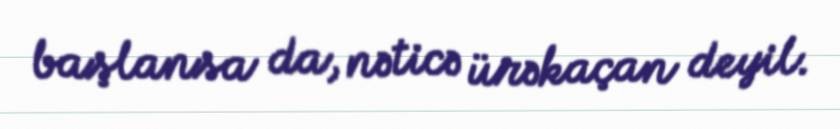
başlansa da, nəticə ürəkaçan deyil.